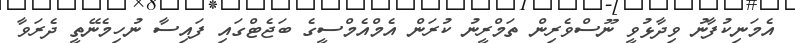
އެމަނިކުފާނު ވިދާޅުވީ ނޫސްވެރިން ތަމްރީނު ކުރަން އެމްއެމްސީގެ ބަޖެޓްގައި ފައިސާ ނުހިމެނޭތީ ދެރަވާ